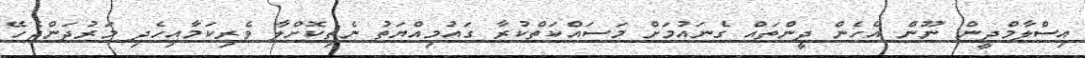
އިސްލާމްދީން ނޫން އެހެން ދީންތައް ގެނައުމަށް މަސައްކަތްކުރާ ގައުމިއްޔަތު ނެތިކޮށްލާ ވެރިކަމާއިހެދި މަރުދަންޖެހޭ